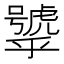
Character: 𱿕